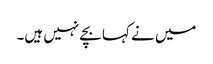
میں نے کہا بچے نہیں ہیں۔